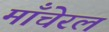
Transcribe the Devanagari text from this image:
माँचेरल